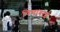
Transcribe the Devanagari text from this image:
चिमाबाई